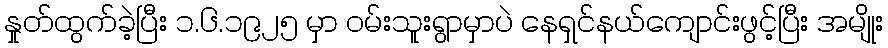
နှုတ်ထွက်ခဲ့ပြီး ၁.၆.၁၉၂၅ မှာ ဝမ်းသူးရွာမှာပဲ နေရှင်နယ်ကျောင်းဖွင့်ပြီး အမျိုး